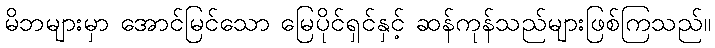
မိဘများမှာ အောင်မြင်သော မြေပိုင်ရှင်နှင့် ဆန်ကုန်သည်များဖြစ်ကြသည်။